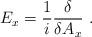
LaTeX: \begin{align*}E_{x}=\frac{1}{i}\frac{\delta}{\delta A_{x}}\ .\end{align*}